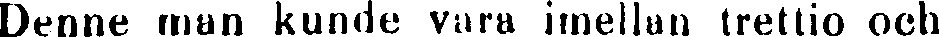
Denne man kunde vara imellan trettio och